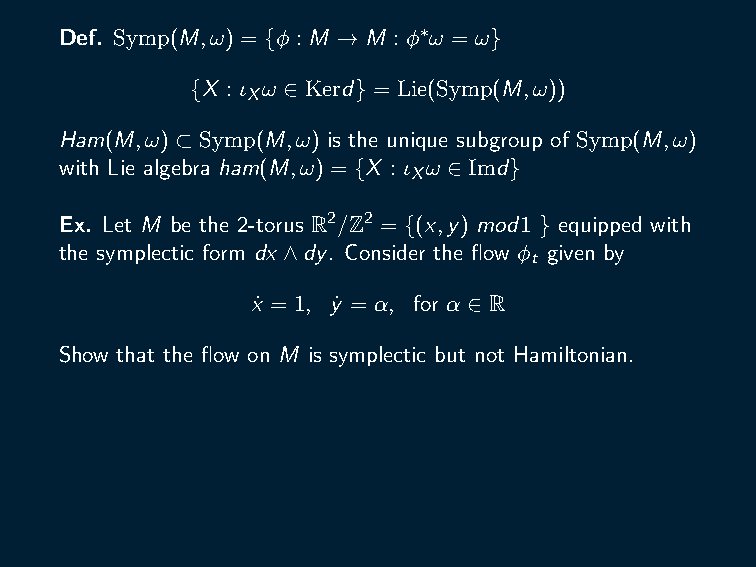
Ex. M as in the previous exercise. Consider the Hamiltonian
 H : M → R given by H(x,y) = cos(2πx). Describe the
 Hamiltonian flow.
 Def. Symp(M,ω) = {ϕ : M → M : ϕ∗ω = ω}
 {X : ι ω ∈ Kerd} = Lie(Symp(M,ω))
 X
 Ham(M,ω) ⊂ Symp(M,ω) is the unique subgroup of Symp(M,ω)
 with Lie algebra ham(M,ω) = {X : ι ω ∈ Imd}
 X
 Ex. Let M be the 2-torus R2/Z2 = {(x,y) mod1 } equipped with
 the symplectic form dx ∧dy. Consider the flow ϕ given by
 t
 x˙ = 1, y˙ = α, for α ∈ R
 Show that the flow on M is symplectic but not Hamiltonian.